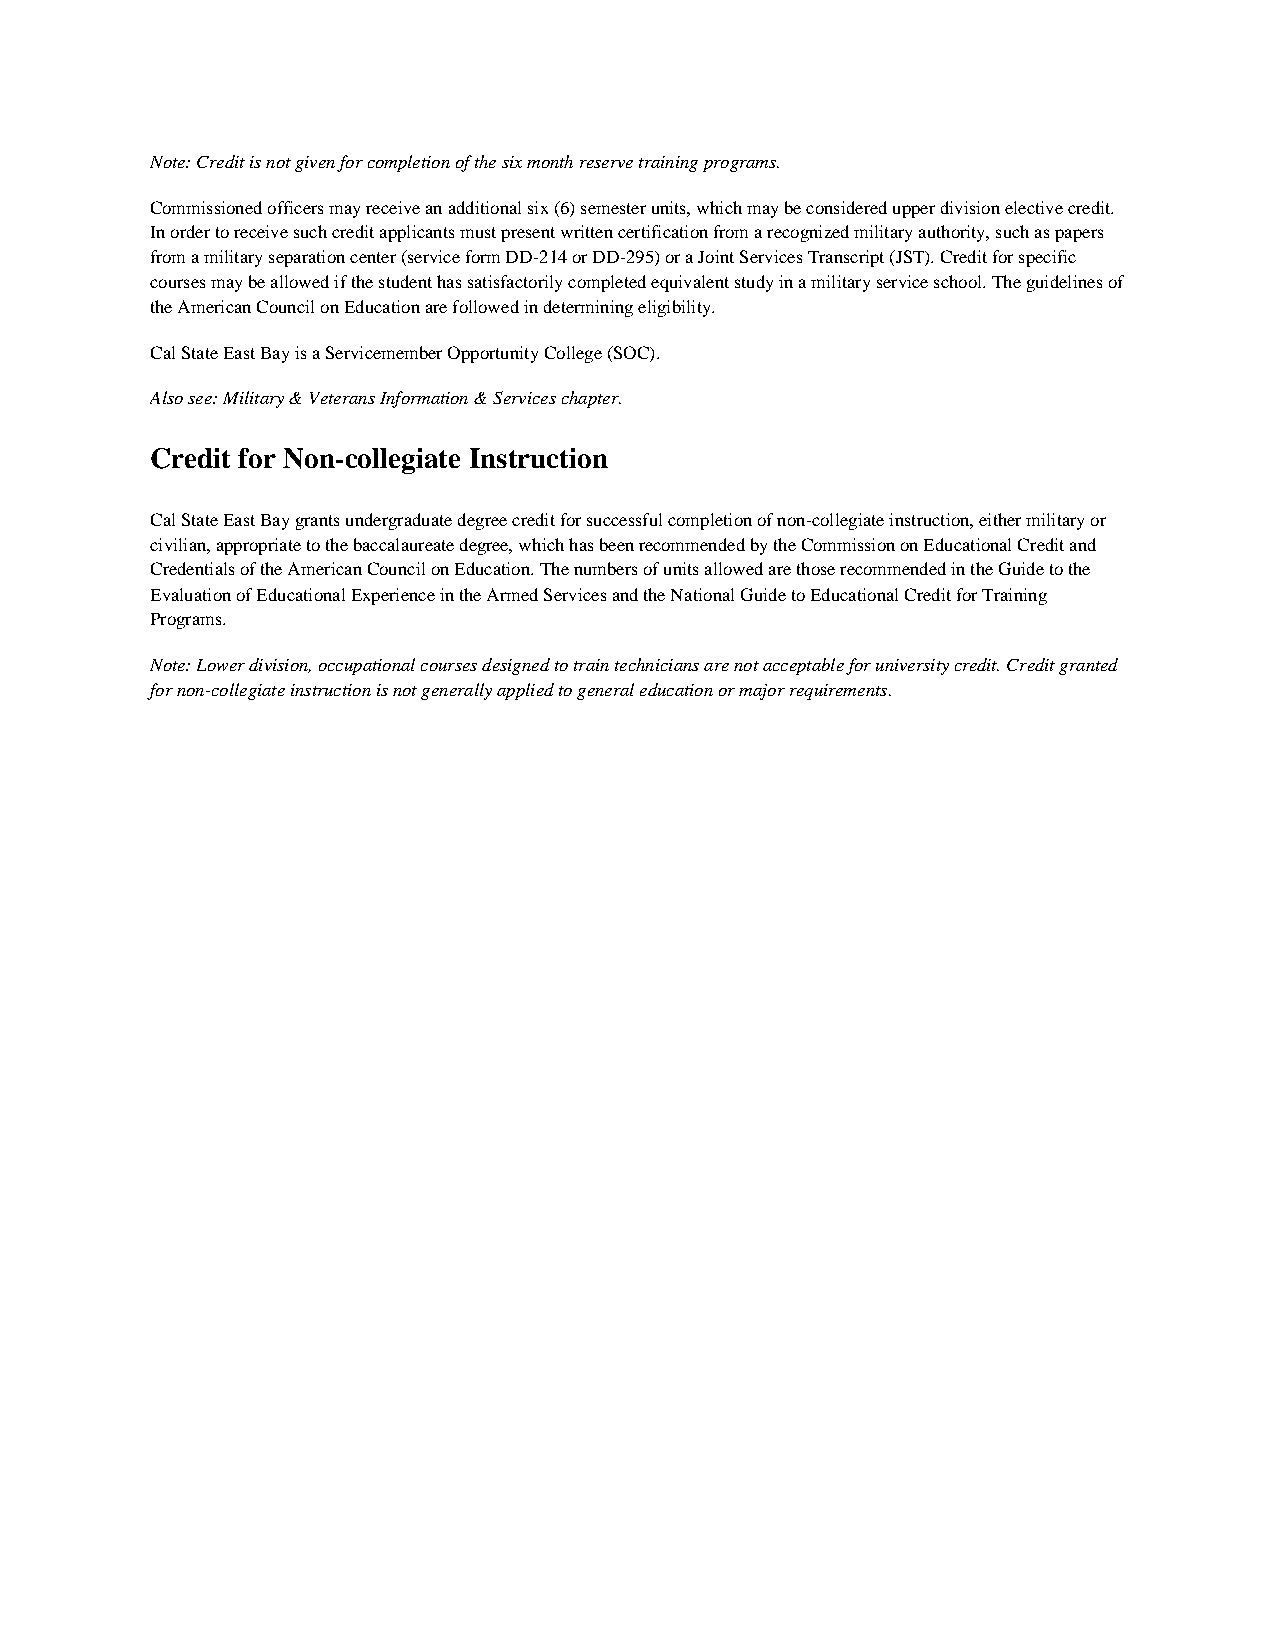
Note: Credit is not given for completion of the six month reserve training programs.
 Commissioned officers may receive an additional six (6) semester units, which may be considered upper division elective credit.
 In order to receive such credit applicants must present written certification from a recognized military authority, such as papers
 from a military separation center (service form DD-214 or DD-295) or a Joint Services Transcript (JST). Credit for specific
 courses may be allowed if the student has satisfactorily completed equivalent study in a military service school. The guidelines of
 the American Council on Education are followed in determining eligibility.
 Cal State East Bay is a Servicemember Opportunity College (SOC).
 Also see: Military & Veterans Information & Services chapter.
 Credit for Non-collegiate Instruction
 Cal State East Bay grants undergraduate degree credit for successful completion of non-collegiate instruction, either military or
 civilian, appropriate to the baccalaureate degree, which has been recommended by the Commission on Educational Credit and
 Credentials of the American Council on Education. The numbers of units allowed are those recommended in the Guide to the
 Evaluation of Educational Experience in the Armed Services and the National Guide to Educational Credit for Training
 Programs.
 Note: Lower division, occupational courses designed to train technicians are not acceptable for university credit. Credit granted
 for non-collegiate instruction is not generally applied to general education or major requirements.